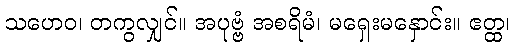
သဟေဝ၊ တကွလျှင်။ အပုဗ္ဗံ အစရိမံ၊ မရှေးမနှောင်း။ ဧတ္ထ၊